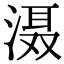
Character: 滠